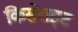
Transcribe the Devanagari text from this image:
किसेराइट